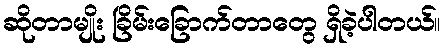
ဆိုတာမျိုး ခြိမ်းခြောက်တာတွေ ရှိခဲ့ပါတယ်။